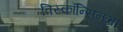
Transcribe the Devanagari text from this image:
विस्कॉन्सिनचा